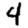
Digit: 4